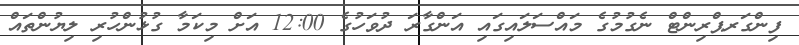
ފިންގަރޕްރިންޓް ނެގުމުގެ މައްސަލައިގައި އަންގާރަ ދުވަހުގެ 12:00 އަށް މިކަމާ ގުޅުންހުރި ލިޔުންތައް